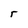
Character: r